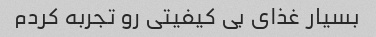
بسیار غذای بی کیفیتی رو تجربه کردم